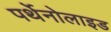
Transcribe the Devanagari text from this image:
पर्थेनोलाइड